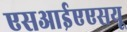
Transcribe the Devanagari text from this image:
एसआईएएसयू